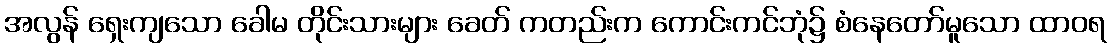
အလွန် ရှေးကျသော ခေါမ တိုင်းသားများ ခေတ် ကတည်းက ကောင်းကင်ဘုံ၌ စံနေတော်မူသော ထာဝရ